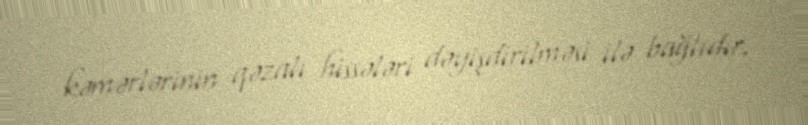
kəmərlərinin qəzalı hissələri dəyişdirilməsi ilə bağlıdır.